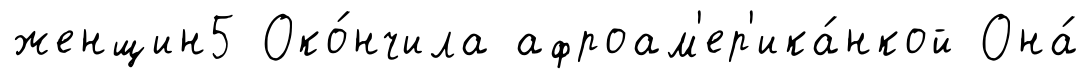
женщин5 Око́нчила афроам'ер'ика́нкой Она́